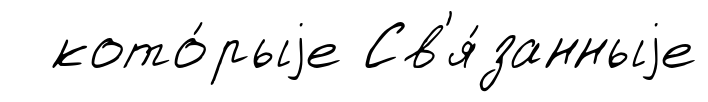
кото́рыjе Св'я́занныjе